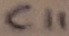
Text: C11